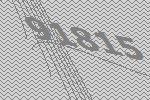
91815